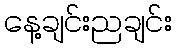
နေ့ချင်းညချင်း